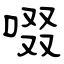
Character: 啜